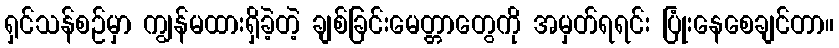
ရှင်သန်စဉ်မှာ ကျွန်မထားရှိခဲ့တဲ့ ချစ်ခြင်းမေတ္တာတွေကို အမှတ်ရရင်း ပြုံးနေစေချင်တာ။